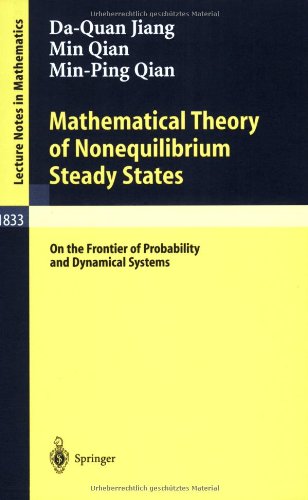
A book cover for Mathematical Theory of Nonequilibrium Steady States: On the Frontier of Probability and Dynamical Systems (Lecture Notes in Mathematics); Da-Quan Jiang; Science & Math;